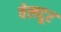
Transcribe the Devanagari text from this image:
वेलदूर